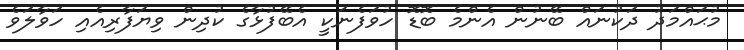
މުޙައްމަދު ދަކުނައް ބޭނުން އެންމެ ބޮޑޮ ހުވަފެނަކީ އެބޭފުޅާގެ ކުދިން ވިޔަފާރިއެއި ހަވާލަވެ